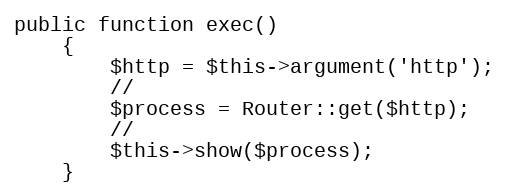
Language: PHP
public function exec()
    {
        $http = $this->argument('http');
        //
        $process = Router::get($http);
        //
        $this->show($process);
    }